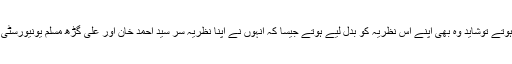
دوسری بات یہ کہ آج اگر اکبر الہٰ آبادی ہوتے توشاید وہ بھی اپنے اس نظریہ کو بدل لیے ہوتے جیسا کہ انہوں نے اپنا نظریہ سر سید احمد خان اور علی گڑھ مسلم یونیورسٹی کے بارے اپنی حیات میں ہی بدل لیا تھا۔